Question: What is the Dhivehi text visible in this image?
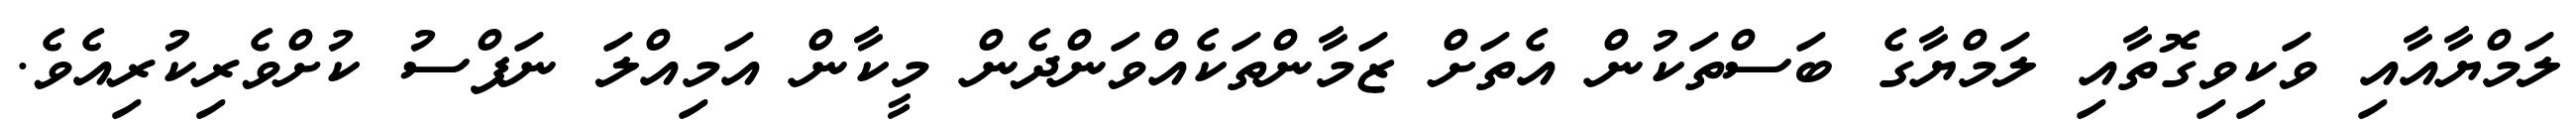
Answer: ލަމްޔާއާއި ވަކިވިގޮތާއި ލަމްޔާގެ ބަސްތަކުން އެތަށް ޒަމާންތަކެއްވަންދެން މީކާން އަމިއްލަ ނަފްސު ކުށްވެރިކުރިއެވެ.